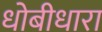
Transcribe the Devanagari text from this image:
धोबीधारा